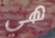
هي